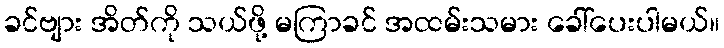
ခင်ဗျား အိတ်ကို သယ်ဖို့ မကြာခင် အထမ်းသမား ခေါ်ပေးပါမယ်။